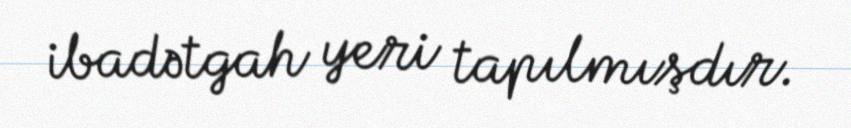
ibadətgah yeri tapılmışdır.